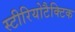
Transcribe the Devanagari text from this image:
स्टीरियोटैक्टिक